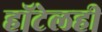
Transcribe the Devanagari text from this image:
हॉटेलही